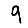
Digit: 9